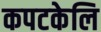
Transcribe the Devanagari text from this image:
कपटकेलि